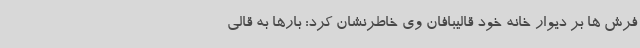
فرش ها بر دیوار خانه خود قالیبافان وی خاطرنشان کرد: بارها به قالی